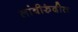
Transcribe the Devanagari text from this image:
लांबीरुंदीत